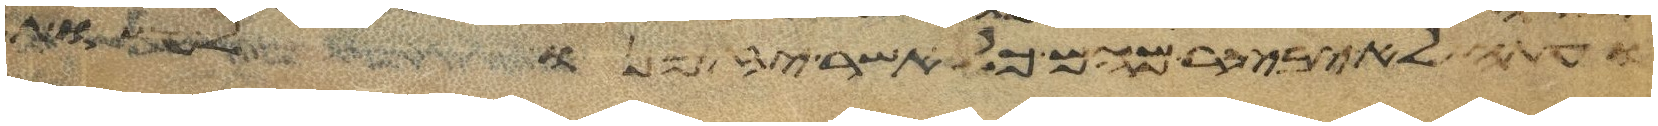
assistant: ועתה לא יבצר מהם כל אשר יזמנו לעשות